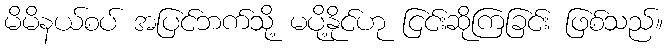
မိမိနယ်စပ် အပြင်ဘက်သို့ မပို့နိုင်ဟု ငြင်းဆိုကြခြင်း ဖြစ်သည်။